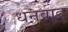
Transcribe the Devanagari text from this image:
धनवाद